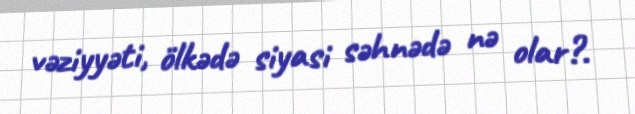
vəziyyəti, ölkədə siyasi səhnədə nə olar?.